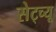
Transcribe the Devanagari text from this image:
सेट्च्यू